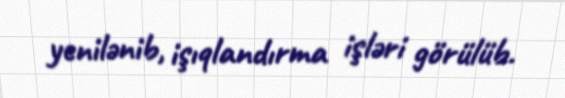
yenilənib, işıqlandırma işləri görülüb.